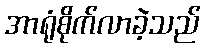
အာရုံစိုက်လာခဲ့သည်